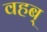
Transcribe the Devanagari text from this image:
वहब्